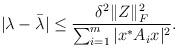
LaTeX: \begin{align*}|\lambda-\bar{\lambda}|\le \frac{\delta^2\|Z\|_F^2}{ \sum_{i=1}^m |x^*A_i x|^2}.\end{align*}